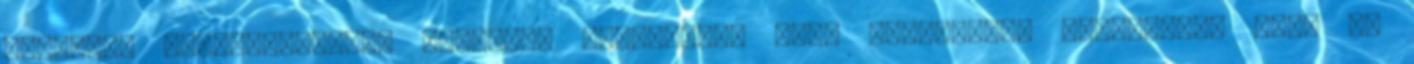
weboldal használatáról, adatokat elemeznek, hogy segítsenek számunkra, vagy az